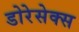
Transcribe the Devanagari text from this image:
डोरेसेक्स